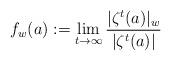
LaTeX: \begin{align*}f_w(a) := \lim_{t\to\infty}\frac{|\zeta^{t}(a)|_w}{|\zeta^{t}(a)|}\end{align*}